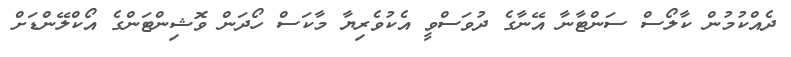
ދެއްކުމުން ކާލޯސް ސަންޓާނާ އޭނާގެ ދުވަސްވީ އެކުވެރިޔާ މާކަސް ހޯދަން ވޮޝިންޓަންގެ އޯކްލޭންޑަށް